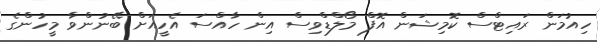
ހިއުމަން ރައިޓްސް ކޮމިޝަން އޮފް މޯލްޑްވިސް އިން ހާއްސަ އެހީއަށް ބޭނުންވާ މީހުންގެ